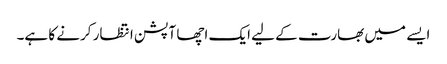
ایسے میں بھارت کے لیے ایک اچھا آپشن انتظار کرنے کا ہے۔